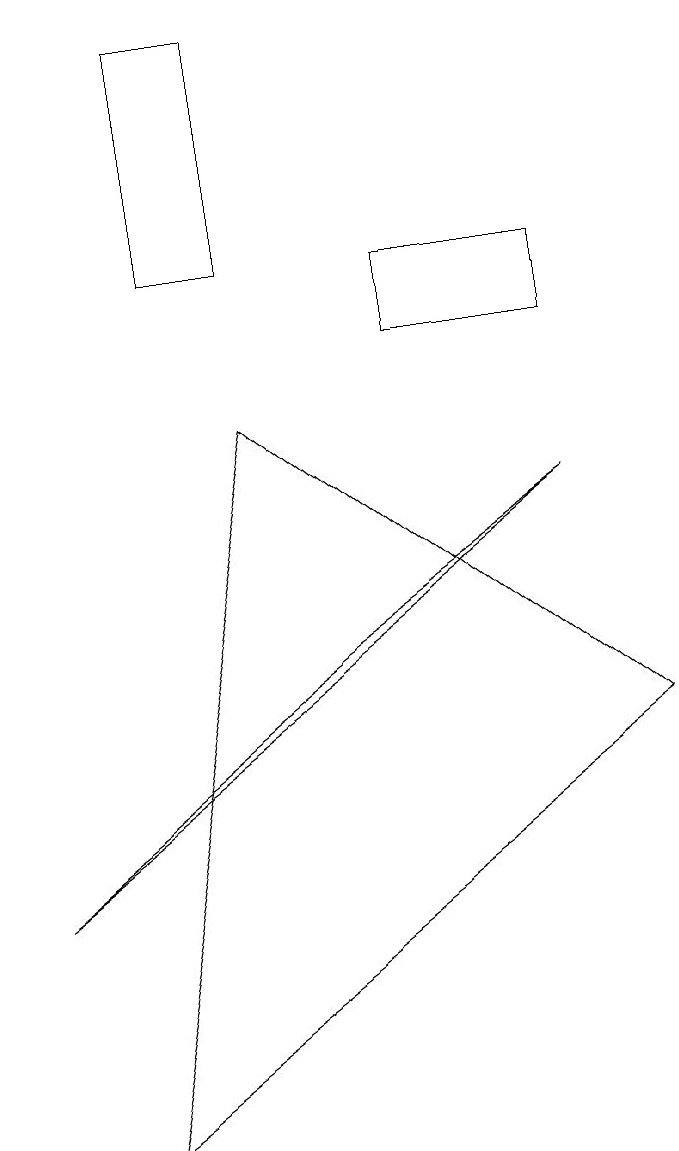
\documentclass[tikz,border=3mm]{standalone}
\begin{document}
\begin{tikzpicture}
\draw (8,11) rectangle (6,10);
\draw (1,3) -- (8,8) -- (5,6) -- cycle;
\draw (3,11) rectangle (4,14);
\draw (9,5) -- (4,9) -- (2,0) -- cycle;
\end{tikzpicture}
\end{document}